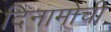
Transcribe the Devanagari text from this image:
दिनामोची